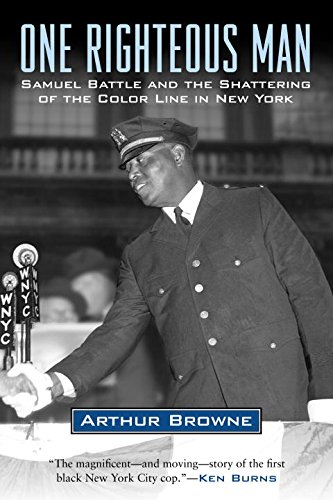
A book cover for One Righteous Man: Samuel Battle and the Shattering of the Color Line in New York; Arthur Browne; Biographies & Memoirs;